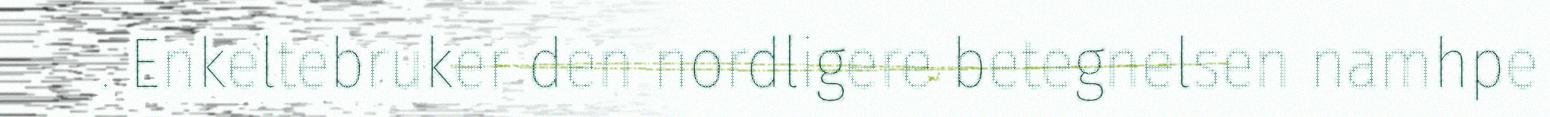
. Enkeltebruker den nordligere betegnelsen namhpe